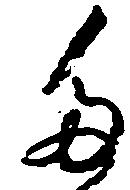
た